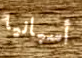
أسبانيا